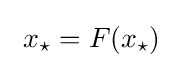
\ x_{\star }=F(x_{\star })~